Scottish assistants in French and German schools and colleges, 1935
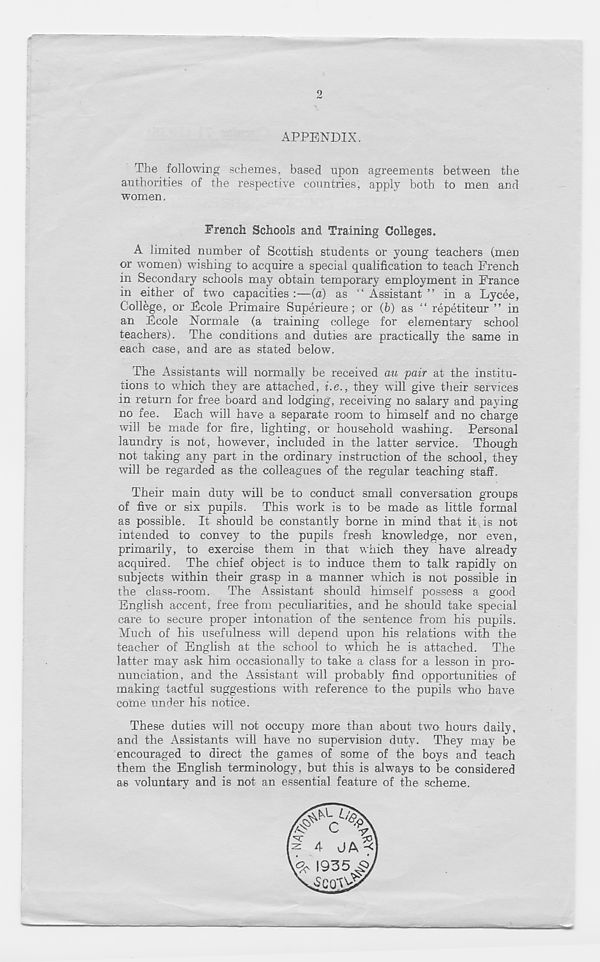
9
APPENDIX.
The following schemes, based upon agreements between the
authorities of the respective countries, apply both to men and
women.
French Schools and Training Colleges.
A limited number of Scottish students or young teachers (men
or women) wishing to acquire a special qualification to teach French
in Secondary schools may obtain temporary employment in France
in either of two capacities :—(a) as “ Assistant ” in a Lycee,
College, or Fcole Primaire Superieure ; or (b) as “ repetiteur ” in
an Fcole Normale (a training college for elementary school
teachers). The conditions and duties are practically the same in
each case, and are as stated below.
The Assistants will normally be received au pair at the institu-
tions to which they are attached, i.e., they will give their services
in return for free board and lodging, receiving no salary and paying
no fee. Each will have a separate room to himself and no charge
will be made for fire, lighting, or household washing. Personal
laundry is not, however, included in the latter service. Though
not taking any part in the ordinary instruction of the school, they
will be regarded as the colleagues of the regular teaching staff.
Their main duty will be to conduct small conversation groups
of five or six pupils. This work is to be made as little formal
as possible. It should be constantly borne in mind that it is not
intended to convey to the pupils fresh knowledge, nor even,
primarily, to exercise them in that which they have already
acquired. The chief object is to induce them to talk rapidly on
subjects within their grasp in a manner which is not possible in
the class-room. The Assistant should himself possess a good
English accent, free from peculiarities, and he should take special
care to secure proper intonation of the sentence from his pupils.
Much of his usefulness will depend upon his relations with the
teacher of English at the school to which he is attached. The
latter may ask him occasionally to take a class for a lesson in pro-
nunciation, and the Assistant will probably find opportunities of
making tactful suggestions with reference to the pupils who have
come under his notice.
These duties will not occupy more than about two hours daily,
and the Assistants will have no supervision duty. They may be
encouraged to direct the games of some of the boys and teach
them the English terminology, but this is always to be considered
as voluntary and is not an essential feature of the scheme.